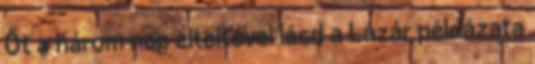
Őt a három nap elteltével lásd a Lázár példázata